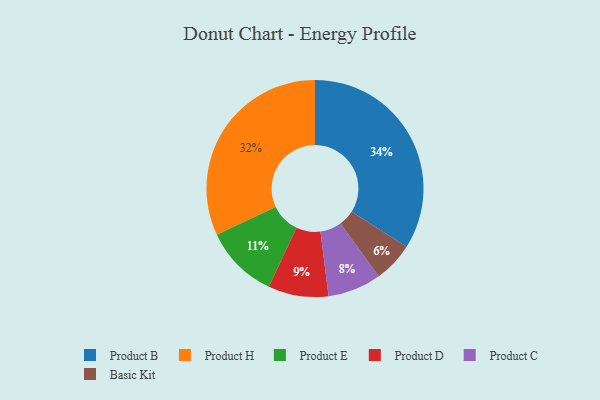
{"axis": {"x": "Category", "y": "Percentage"}, "legend": ["Basic Kit", "Product B", "Product C", "Product D", "Product E", "Product H"], "data": [{"x": "Product D", "y": 9, "type": "Product D"}, {"x": "Product H", "y": 32, "type": "Product H"}, {"x": "Product B", "y": 34, "type": "Product B"}, {"x": "Basic Kit", "y": 6, "type": "Basic Kit"}, {"x": "Product E", "y": 11, "type": "Product E"}, {"x": "Product C", "y": 8, "type": "Product C"}]}